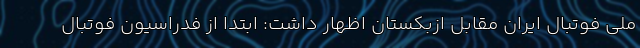
ملی فوتبال ایران مقابل ازبکستان اظهار داشت: ابتدا از فدراسیون فوتبال